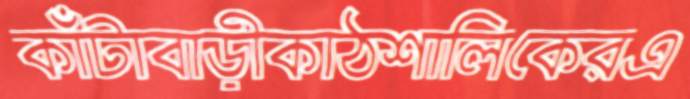
কাঁটাবাড়ীকাঠশালিকেরএ